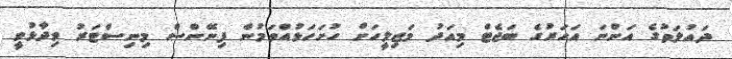
ދައުލަތުގެ އަންނަ އަހަރުގެ ބަޖެޓް މިއަދު މަޖިލީހަށް ހުށަހަޅުއްވަމުން ފިނޭންސް މިނިސްޓަރު ވިދާޅުވީ